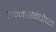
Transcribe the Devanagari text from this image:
जन्मासंबंधीच्या